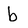
Character: b